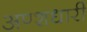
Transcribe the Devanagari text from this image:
अण्शधारी